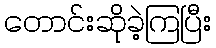
တောင်းဆိုခဲ့ကြပြီး